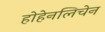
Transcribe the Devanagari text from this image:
होहेनलिचेन